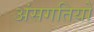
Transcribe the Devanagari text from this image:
अंसगतियों